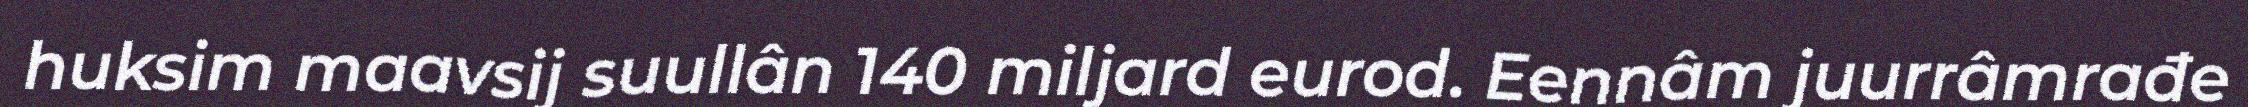
huksim maavsij suullân 140 miljard eurod. Eennâm juurrâmrađe